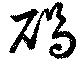
碣